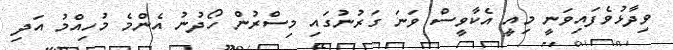
ވިދާޅުވެފައިވަނީ މިއީ އެކާވީސް ވަނަ ގަރުނުގައި މިސްރުން ހޯދުނު އެންމެ މުހިއްމު އަދި